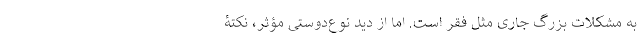
به مشکلات بزرگ جاری مثل فقر است. اما از دید نوع‌دوستی مؤثر‌، نکتۀ